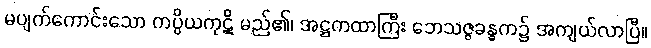
မပျက်ကောင်းသော ကပ္ပိယကုဋိ မည်၏၊ အဋ္ဌကထာကြီး ဘေသဇ္ဇခန္ဓက၌ အကျယ်လာပြီ။